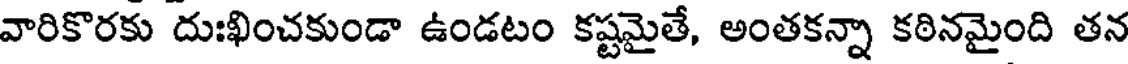
వారికొరకు దుఃఖించకుండా ఉండటం కష్టమైతే, అంతకన్నా కఠినమైంది తన